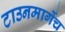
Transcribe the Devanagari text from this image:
टाउनमार्गेच